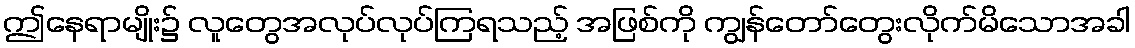
ဤနေရာမျိုး၌ လူတွေအလုပ်လုပ်ကြရသည့် အဖြစ်ကို ကျွန်တော်တွေးလိုက်မိသောအခါ